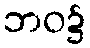
ဘဝ၌